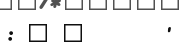
: " "       '